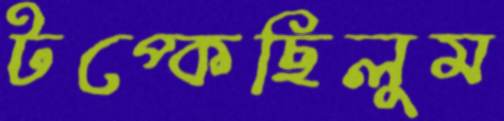
টপ্‌কেছিলুম